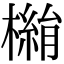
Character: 𣚓